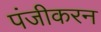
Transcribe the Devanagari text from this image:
पंजीकरन